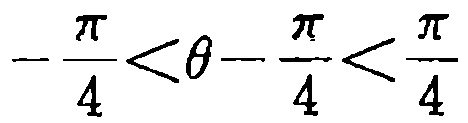
\(-\frac{\pi}{4}<\theta - \frac{\pi}{4}<\frac{\pi}{4}\)